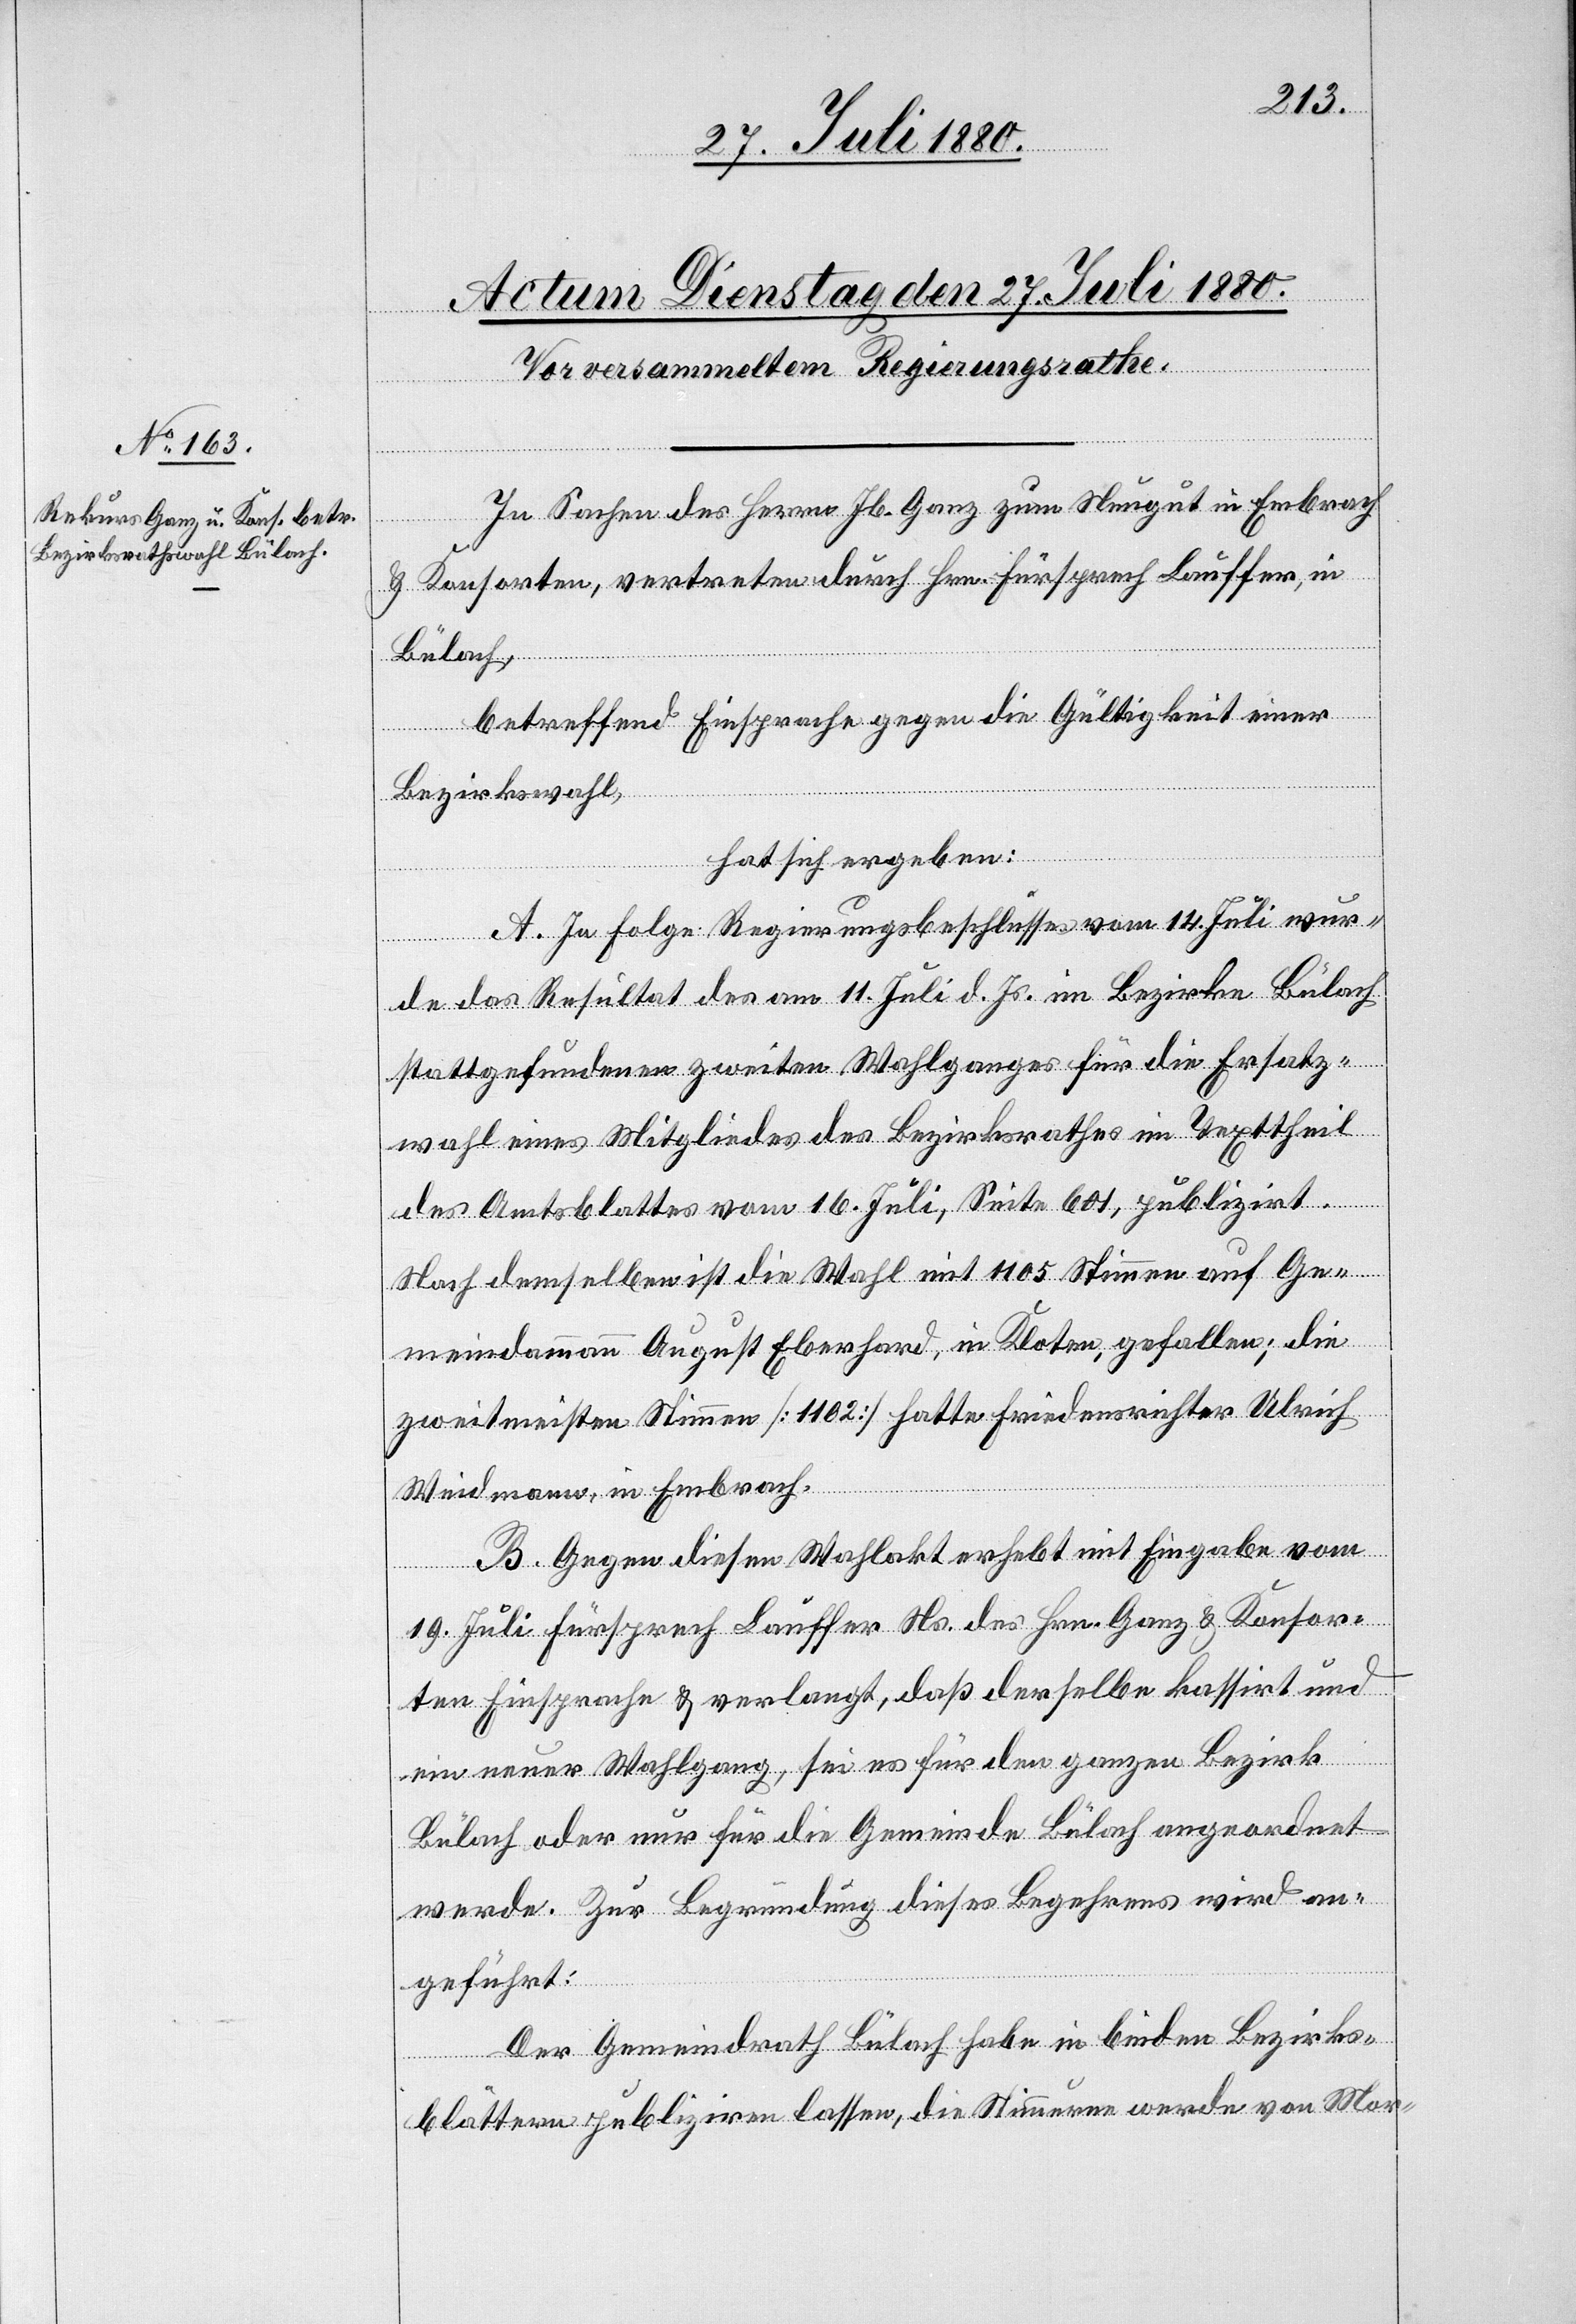
In Sachen des Herren Jb. Ganz zum Neugut in Embrach
& Konsorten, vertreten durch Hrn. Fürsprech Lauffer, in
Bülach,
betreffend Einsprache gegen die Gültigkeit einer
Bezirkswahl,
hat sich ergeben:
A. In Folge Regierungsbeschlusse vom 14. Juli wur¬
de das Resultat des am 11. Juli d. Js. im Bezirke Bülach
stattgefundene zweiten Wahlganges für die Ersatz¬
wahl eines Mitgliedes des Bezirksrathes im Texttheil
des Amtsblattes vom 16. Juli, Seite 601, publizirt.
Nach demselben ist die Wahl mit 1105 Stimmen auf Ge¬
meindammann August Eberhard, in Kloten, gefallen; die
zweitmeisten Stimmen [1102] hatte Friedensrichter Ulrich
Weidmann, in Embrach.
B. Gegen diesen Wahlakt erhebt mit Eingabe vom
19. Juli Fürsprech Lauffer Ns. des Hrn. Ganz & Konsor¬
ten Einsprache & verlangt, daß derselbe kassirt und
ein neuer Wahlgang, sei es für den ganzen Bezirk
Bülach oder nur für die Gemeinde Bülach angeordnet
werde. Zur Begründung dieses Begehrens wird an¬
geführt:
Der Gemeindrath Bülach habe in beiden Bezirks¬
blättern publiziren lassen, die Stimmurne werde von Mor-